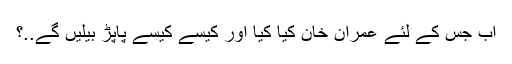
اَب جس کے لئے عمران خان کیا کیا اور کیسے کیسے پاپڑ بیلیں گے..؟